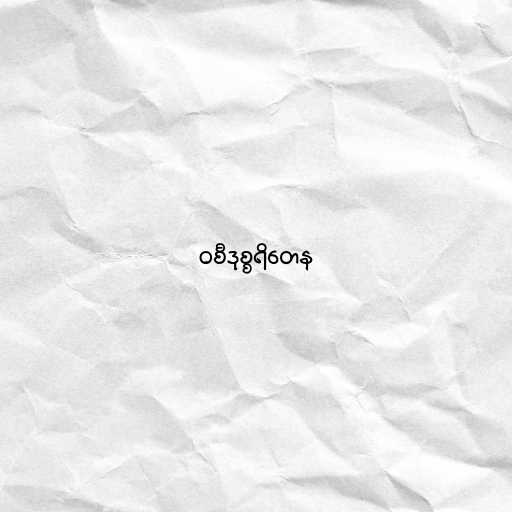
ဝစီဒုစ္စရိတေန